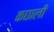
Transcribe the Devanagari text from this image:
कछाली